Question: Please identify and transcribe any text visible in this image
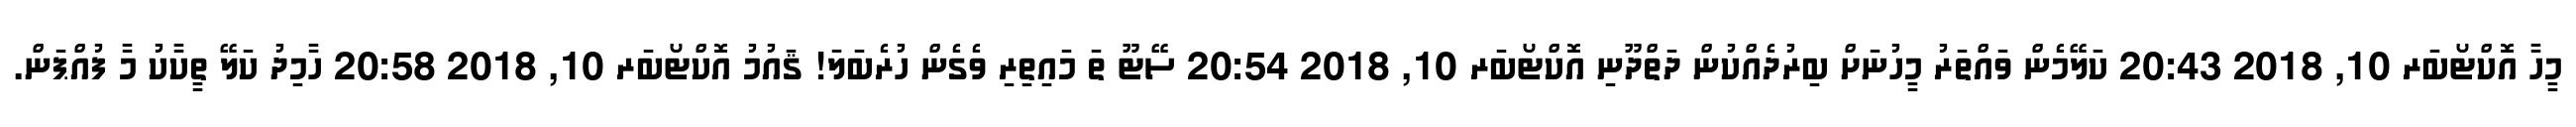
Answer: މީހާ އޮކްޓޯބަރ 10, 2018 20:43 ކަލޭމެން ވައްތަރު މީހުނަށް ބިރުދެއްކުން ދަތްދޫނި އޮކްޓޯބަރ 10, 2018 20:54 ސޭޓޫ ތަ މައިތިރި ވެގެން ހުރެބަލަ! ޤައުމު އޮކްޓޯބަރ 10, 2018 20:58 ހާމިދު ކަލޭ ތީކާކު މާ ފުއްޕަން.